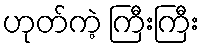
ဟုတ်ကဲ့ ကြီးကြီး